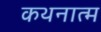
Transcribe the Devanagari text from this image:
कथनात्म